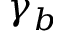
\gamma _ { b }